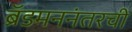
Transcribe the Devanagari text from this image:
ब्रॅडमननंतरची